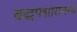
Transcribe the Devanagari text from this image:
बद्धपद्मासनस्थं